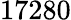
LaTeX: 17280